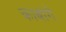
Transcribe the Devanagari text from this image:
काबांगे